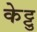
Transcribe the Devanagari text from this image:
केट्टु